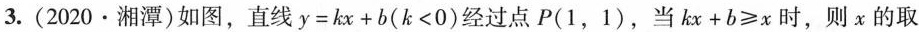
3. (2020·湘潭)如图，直线$$y=kx+b(k<0)$$经过点P(1，1)，当$$kx+b\geqslant x$$时，则x的取